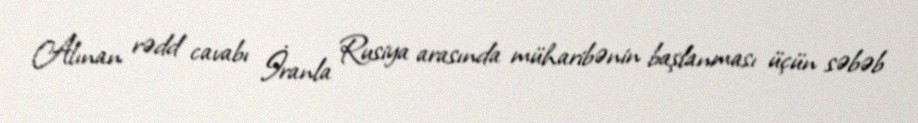
Alınan rədd cavabı İranla Rusiya arasında müharibənin başlanması üçün səbəb